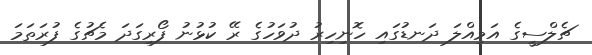
ޗެލްސީގެ އަމިއްލަ ދަނޑުގައި ހޮނިހިރު ދުވަހުގެ ރޭ ކުޅުނު ފޯރިގަދަ މެޗުގެ ފުރަތަމަ